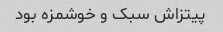
پیتزاش سبک و خوشمزه بود